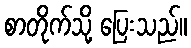
စာတိုက်သို့ ပြေးသည်။